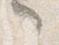
之